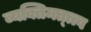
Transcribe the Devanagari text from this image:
व्यक्तिमत्त्त्व